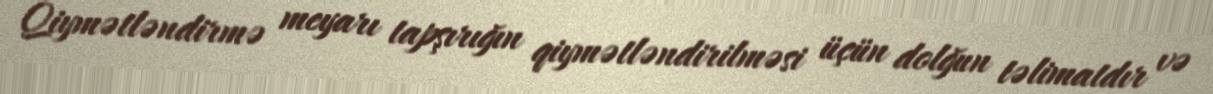
Qiymətləndirmə meyarı tapşırığın qiymətləndirilməsi üçün dolğun təlimatdır və